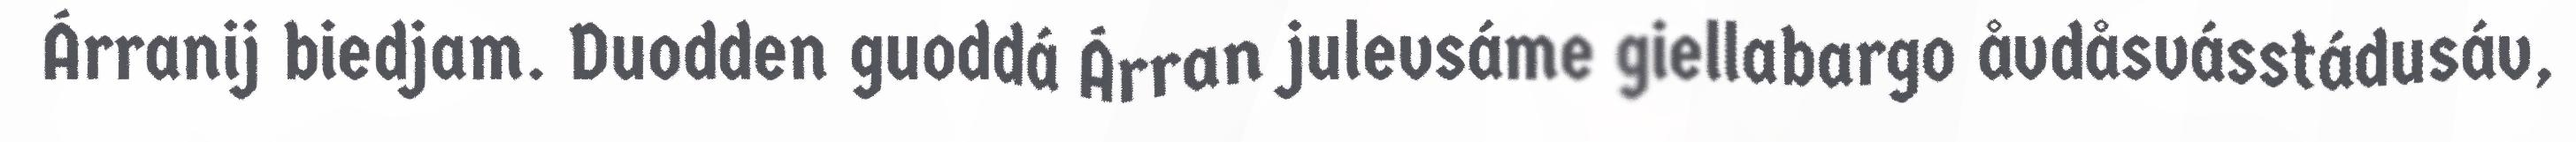
Árranij biedjam. Duodden guoddá Árran julevsáme giellabargo åvdåsvásstádusáv,